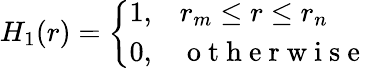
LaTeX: H_{1}(r)=\left\{ \begin{array}{cl}{1,}&{r_{m}\leq r\leq r_{n}}\\ {0,}&{\mathrm{~o~t~h~e~r~w~i~s~e~}}\end{array}\right.